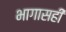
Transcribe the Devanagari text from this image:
भागासही